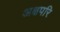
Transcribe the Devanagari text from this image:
अक्षपरि